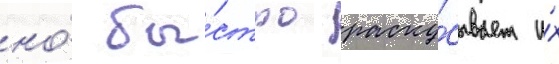
но́ бы́стро раску́сывает и́х